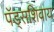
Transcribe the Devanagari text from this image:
पॅड्सशिवाय